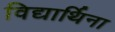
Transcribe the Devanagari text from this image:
विद्यार्थिना